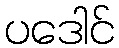
ပဒေါင်